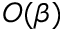
O ( \beta )